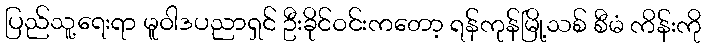
ပြည်သူ့ရေးရာ မူဝါဒပညာရှင် ဦးခိုင်ဝင်းကတော့ ရန်ကုန်မြို့သစ် စီမံ ကိန်းကို